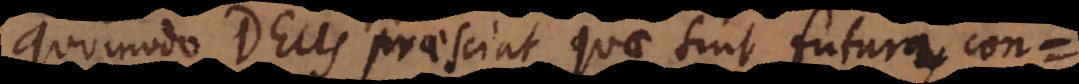
quomodo Deus praesciat quae sint futura,